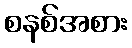
စနစ်အစား